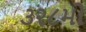
૩૨૮મો